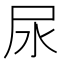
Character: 尿